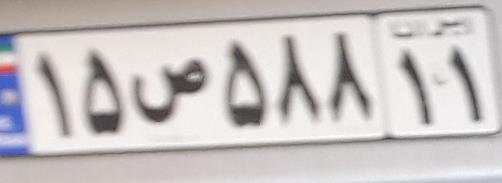
۱۵ص۵۸۸۱۱